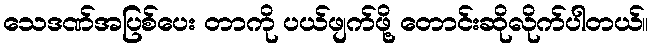
သေဒဏ်အပြစ်ပေး တာကို ပယ်ဖျက်ဖို့ တောင်းဆိုလိုက်ပါတယ်။